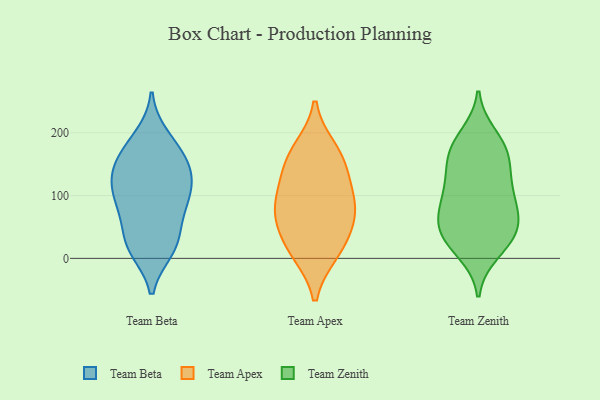
{"axis": {"x": "Demand Index", "y": "Value"}, "legend": ["Team Apex", "Team Beta", "Team Zenith"], "data": [{"x": "", "y": 121, "type": "Team Beta"}, {"x": "", "y": 181, "type": "Team Beta"}, {"x": "", "y": 19, "type": "Team Beta"}, {"x": "", "y": 194, "type": "Team Beta"}, {"x": "", "y": 24, "type": "Team Beta"}, {"x": "", "y": 139, "type": "Team Beta"}, {"x": "", "y": 14, "type": "Team Beta"}, {"x": "", "y": 159, "type": "Team Beta"}, {"x": "", "y": 96, "type": "Team Beta"}, {"x": "", "y": 62, "type": "Team Beta"}, {"x": "", "y": 87, "type": "Team Beta"}, {"x": "", "y": 121, "type": "Team Beta"}, {"x": "", "y": 107, "type": "Team Beta"}, {"x": "", "y": 76, "type": "Team Beta"}, {"x": "", "y": 143, "type": "Team Beta"}, {"x": "", "y": 22, "type": "Team Beta"}, {"x": "", "y": 161, "type": "Team Beta"}, {"x": "", "y": 10, "type": "Team Apex"}, {"x": "", "y": 45, "type": "Team Apex"}, {"x": "", "y": 159, "type": "Team Apex"}, {"x": "", "y": 13, "type": "Team Apex"}, {"x": "", "y": 173, "type": "Team Apex"}, {"x": "", "y": 144, "type": "Team Apex"}, {"x": "", "y": 108, "type": "Team Apex"}, {"x": "", "y": 79, "type": "Team Apex"}, {"x": "", "y": 89, "type": "Team Apex"}, {"x": "", "y": 68, "type": "Team Apex"}, {"x": "", "y": 63, "type": "Team Zenith"}, {"x": "", "y": 124, "type": "Team Zenith"}, {"x": "", "y": 90, "type": "Team Zenith"}, {"x": "", "y": 154, "type": "Team Zenith"}, {"x": "", "y": 134, "type": "Team Zenith"}, {"x": "", "y": 91, "type": "Team Zenith"}, {"x": "", "y": 109, "type": "Team Zenith"}, {"x": "", "y": 54, "type": "Team Zenith"}, {"x": "", "y": 174, "type": "Team Zenith"}, {"x": "", "y": 10, "type": "Team Zenith"}, {"x": "", "y": 195, "type": "Team Zenith"}, {"x": "", "y": 22, "type": "Team Zenith"}, {"x": "", "y": 168, "type": "Team Zenith"}, {"x": "", "y": 32, "type": "Team Zenith"}, {"x": "", "y": 38, "type": "Team Zenith"}, {"x": "", "y": 74, "type": "Team Zenith"}, {"x": "", "y": 181, "type": "Team Zenith"}, {"x": "", "y": 47, "type": "Team Zenith"}]}